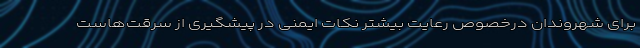
برای شهروندان درخصوص رعایت بیشتر نکات ایمنی در پیشگیری از سرقت‌هاست